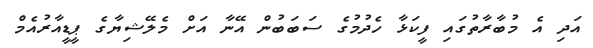
އަދި އެ މުބާރާތުގައި ފީކަޅާ ހެދުމުގެ ސަބަބުން އޭނާ އަށް މެލޭޝިޔާގެ ޕީޑީއާރުއެމް